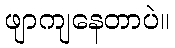
ဖျာကျနေတာပဲ။